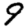
Digit: 9